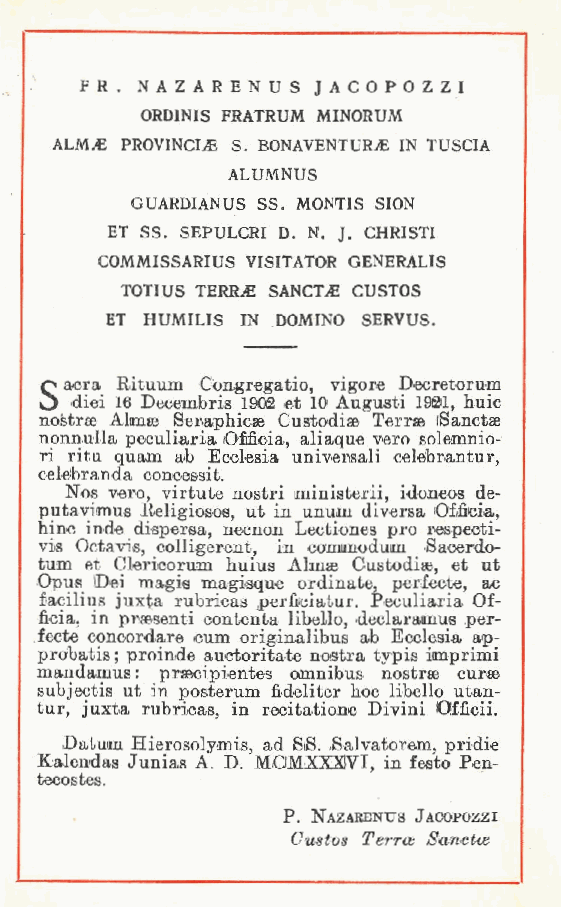
FR. NAZARENUS   JACOPOZZI
 ORDINIS FRATRUM MINORUM
 ALM PROVINCIE S. BONAVENTURA IN TUSCIA
 ALUMNUS
 GUARDIANUS SS. MONTIS SION
 ET SS. SEPULCRI D. N. J. CHRISTI
 COMMISSARIUS VISITATOR GENERALIS
 TOTIUS TERRA SANCTA CUSTOS
 ET HUMILIS IN DOMINO SERVUS.
 Q aera Rituum Congregatio, vigore Decretorum
 O diei 16 Decembris 1902 et 10 Augusti 19®!, buie
 nostrae Almae Seraphicae Custodise Terree iSanctae
 nonnulla peculiaria Oficia aliaque vero solemnio-
 ri ritu quam ab Ecclesia ,universali celtìbrantur
 ,
 celìbranda concessit.
 Nos vero virtute nostri ministerii, idoneos de-
 putavimus É,eligiosoe, ut in unum diversa Oficia,
 bine inde dispersa necnon Lectiones prò respeoti-
 vis Octavis collige,rent, in commodum Saoendo-
 ,
 tum et Ciericorum huius Almse Custodise, et ut
 Opus Dei magis magisque ordinate perfecte, ac
 ,
 facilius juxta rubricas perficiatur Peculiaria Of-
 icia, in praesenti contenta libello .declaramus per-
 fecte concordare cum originalibus, ab Ecclesia ap-
 probatis; proinde auctoritate nostra typis imprimi
 mandamus: prsecipientes omnibus nostrae curae
 subjectis ut in posterum fideliter hoc libello utan-
 tur, juxta rubricas in recitatione Divini Qfficii.
 ,
 Datum Hierosolymis ad SiS. Salvatorem, pridie
 Kalendas Junias A D. ,MOMXXXIVI, in feste Pen-
 tecostes.  .
 P Nazabenus Jaoopozzi
 .
 Custos Terree Sanctce
 f
 t
 f
 f